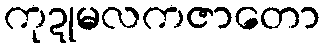
ကုဍုမလကဇာတော